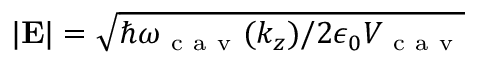
| { \bf { E } } | = \sqrt { \hslash \omega _ { \mathrm { ~ c ~ a ~ v ~ } } ( k _ { z } ) / 2 \epsilon _ { 0 } V _ { \mathrm { ~ c ~ a ~ v ~ } } }